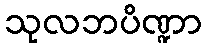
သုလဘပိဏ္ဍာ